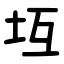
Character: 坘